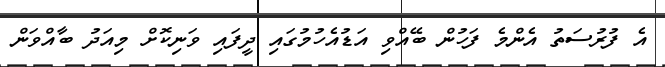
އެ ފުރުސަތު އެންމެ ފަހުން ބޭއްވި އަޑުއެހުމުގައި ދީފައި ވަނިކޮށް މިއަދު ބާއްވަން